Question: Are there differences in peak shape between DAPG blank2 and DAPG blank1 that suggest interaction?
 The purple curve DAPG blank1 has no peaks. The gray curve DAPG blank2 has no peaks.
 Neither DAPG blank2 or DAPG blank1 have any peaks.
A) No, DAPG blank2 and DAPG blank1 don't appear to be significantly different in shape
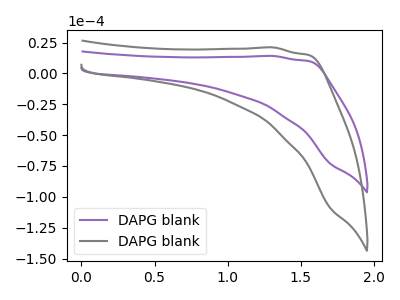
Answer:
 <answer>A) No, "DAPG blank2" and "DAPG blank1" don't appear to be significantly different in shape</answer>
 <eval>A</eval>